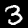
Digit: 3